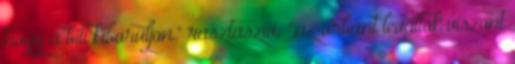
hogy a bili kiboruljon." rasztaszív: ",az orbánt leváltók viszont